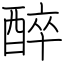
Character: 醉